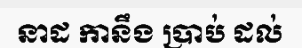
នាដ កានឹង ប្រាប់ ដល់